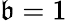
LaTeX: \mathfrak{b}=1